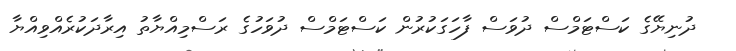
ދުނިޔޭގެ ކަސްޓަމްސް ދުވަސް ފާހަގަކުރުން ކަސްޓަމްސް ދުވަހުގެ ރަސްމިއްޔާތު އިރާދަކުރެއްވިއްޔާ